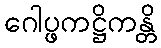
ဂေါပ္ဖကဋ္ဌိကန္တိ